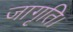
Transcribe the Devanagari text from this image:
जागृति।